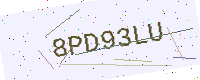
Text: 8PD93LU